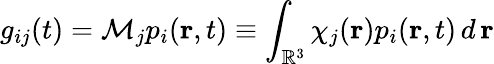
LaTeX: g_{ij}(t)=\mathcal{M}_{j}p_{i}(\textbf{r},t)\equiv\int_{\mathbb{R}^{3}}\chi_{j}(\textbf{r})p_{i}(\textbf{r},t)\, d\, \textbf{r}